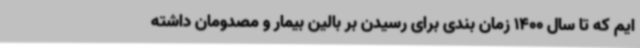
ایم که تا سال 1400 زمان بندی برای رسیدن بر بالین بیمار و مصدومان داشته